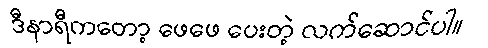
ဒီနာရီကတော့ ဖေဖေ ပေးတဲ့ လက်ဆောင်ပါ။